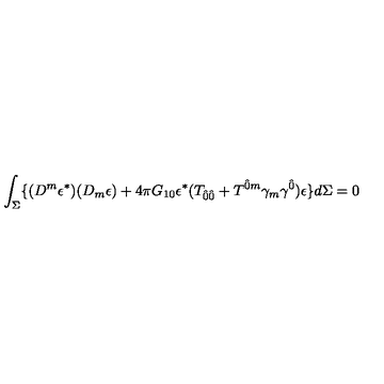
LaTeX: \int _ { \Sigma } \lbrace ( D ^ { m } \epsilon ^ { \ast } ) ( D _ { m } \epsilon ) + 4 \pi G _ { 1 0 } \epsilon ^ { \ast } ( T _ { \hat { 0 } \hat { 0 } } + T ^ { \hat { 0 } m } \gamma _ { m } \gamma ^ { \hat { 0 } } ) \epsilon \rbrace d \Sigma = 0